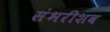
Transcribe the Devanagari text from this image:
संभरीशव